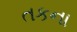
તકના